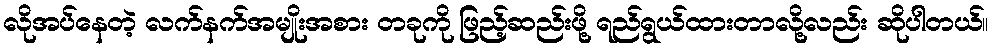
လိုအပ်နေတဲ့ လက်နက်အမျိုးအစား တခုကို ဖြည့်ဆည်းဖို့ ရည်ရွယ်ထားတာလို့လည်း ဆိုပါတယ်။